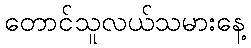
တောင်သူလယ်သမားနေ့